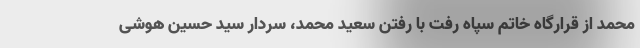
محمد از قرارگاه خاتم سپاه رفت با رفتن سعید محمد، سردار سید حسین هوشی